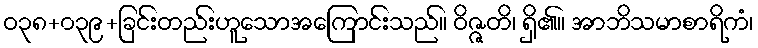
ဝ၃၈+၀၃၉+ခြင်းတည်းဟူသောအကြောင်းသည်။ ဝိဇ္ဇတိ၊ ရှိ၏။ အာဘိသမာစာရိကံ၊